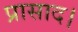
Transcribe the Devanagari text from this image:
प्रासाद।